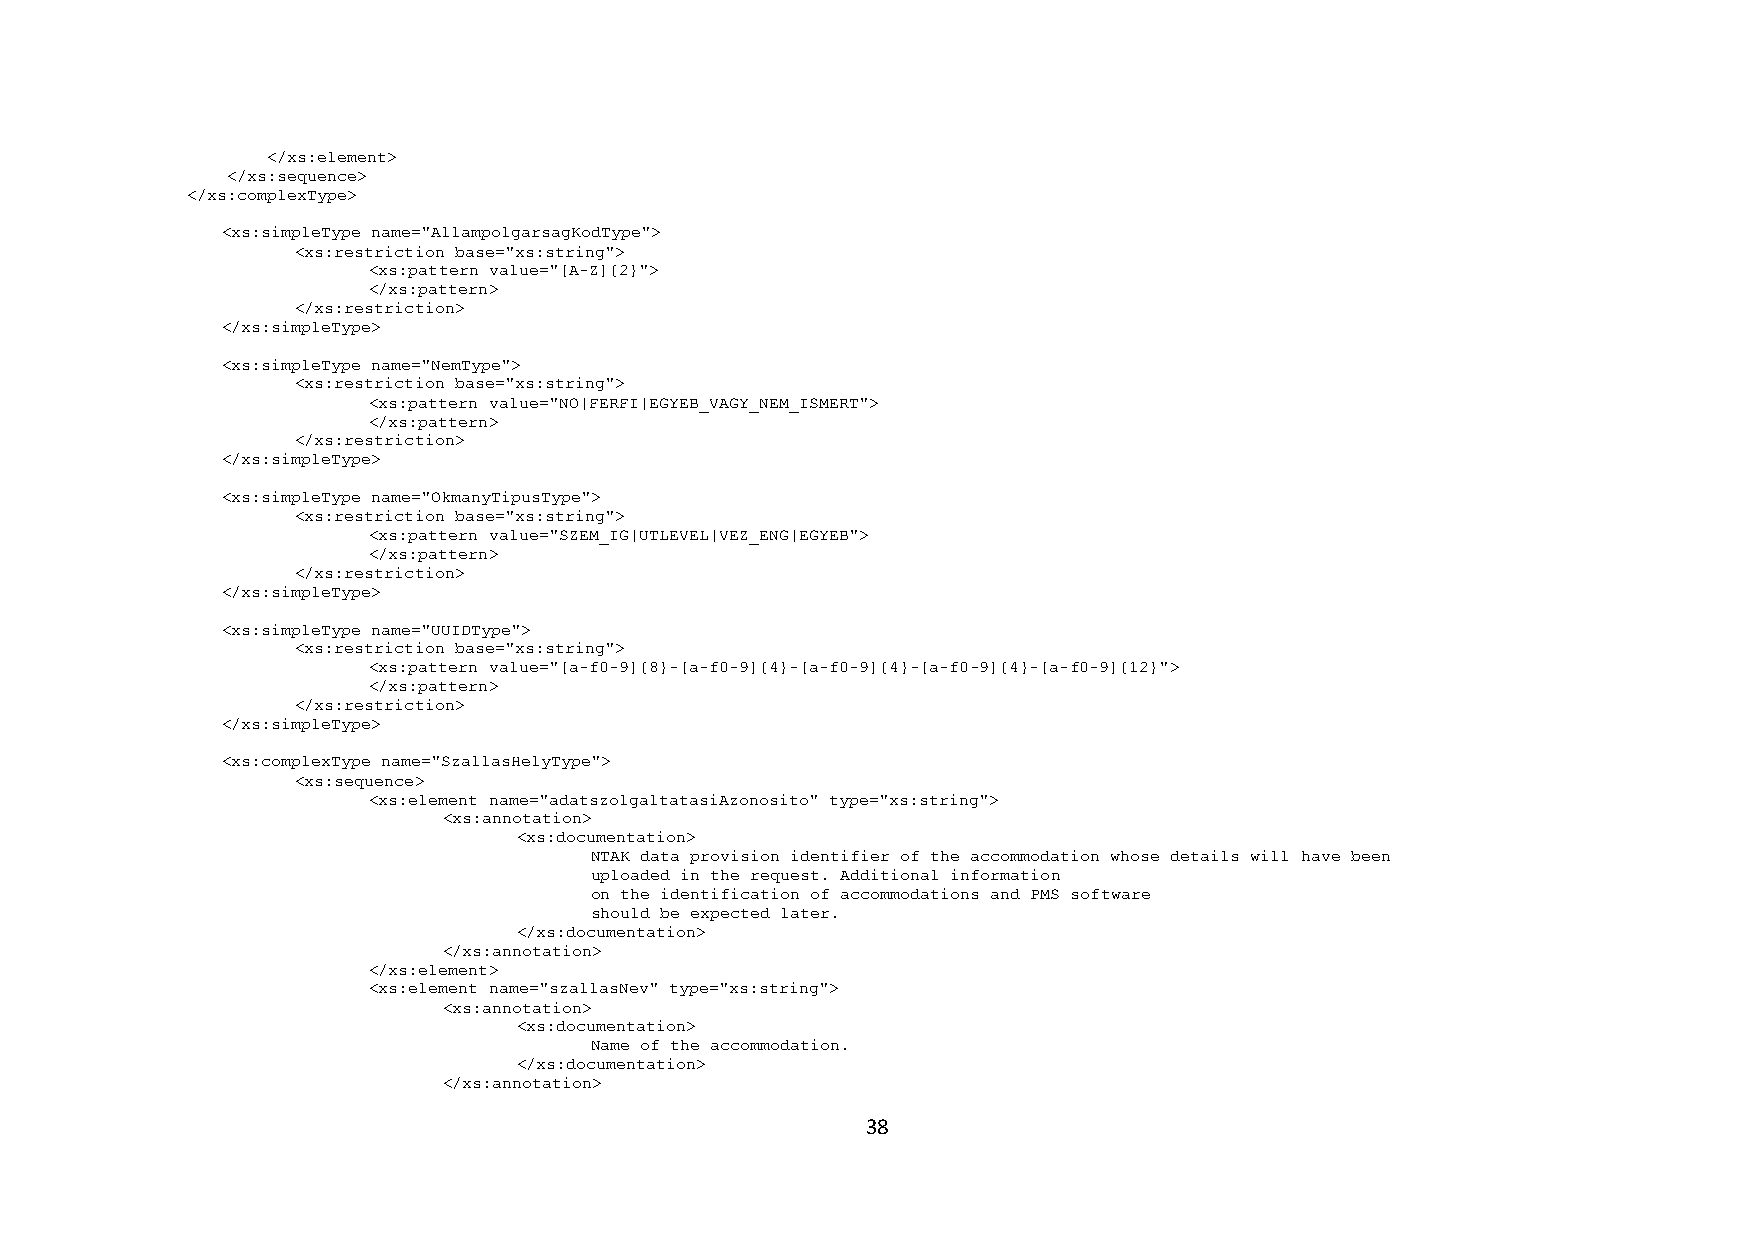
</xs:element>
 </xs:sequence>
 </xs:complexType>
 <xs:simpleType name="AllampolgarsagKodType">
 <xs:restriction base="xs:string">
 <xs:pattern value="[A-Z]{2}">
 </xs:pattern>
 </xs:restriction>
 </xs:simpleType>
 <xs:simpleType name="NemType">
 <xs:restriction base="xs:string">
 <xs:pattern value="NO|FERFI|EGYEB_VAGY_NEM_ISMERT">
 </xs:pattern>
 </xs:restriction>
 </xs:simpleType>
 <xs:simpleType name="OkmanyTipusType">
 <xs:restriction base="xs:string">
 <xs:pattern value="SZEM_IG|UTLEVEL|VEZ_ENG|EGYEB">
 </xs:pattern>
 </xs:restriction>
 </xs:simpleType>
 <xs:simpleType name="UUIDType">
 <xs:restriction base="xs:string">
 <xs:pattern value="[a-f0-9]{8}-[a-f0-9]{4}-[a-f0-9]{4}-[a-f0-9]{4}-[a-f0-9]{12}">
 </xs:pattern>
 </xs:restriction>
 </xs:simpleType>
 <xs:complexType name="SzallasHelyType">
 <xs:sequence>
 <xs:element name="adatszolgaltatasiAzonosito" type="xs:string">
 <xs:annotation>
 <xs:documentation>
 NTAK data provision identifier of the accommodation whose details will have been
 uploaded in the request. Additional information
 on the identification of accommodations and PMS software
 should be expected later.
 </xs:documentation>
 </xs:annotation>
 </xs:element>
 <xs:element name="szallasNev" type="xs:string">
 <xs:annotation>
 <xs:documentation>
 Name of the accommodation.
 </xs:documentation>
 </xs:annotation>
 38